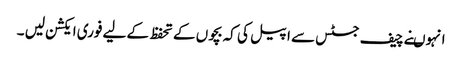
انہوںنے چیف جسٹس سے اپیل کی کہ بچوں کے تحفظ کے لیے فوری ایکشن لیں ۔